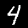
Label: 4